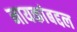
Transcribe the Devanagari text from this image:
नायकांबद्दल